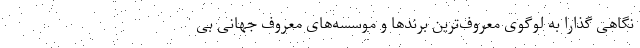
نگاهی گذارا به لوگوی معروف‌ترین برندها و موسسه‌های معروف جهانی بی